Medical and sanitary report of the native army of Bengal for the year
Year: 1875
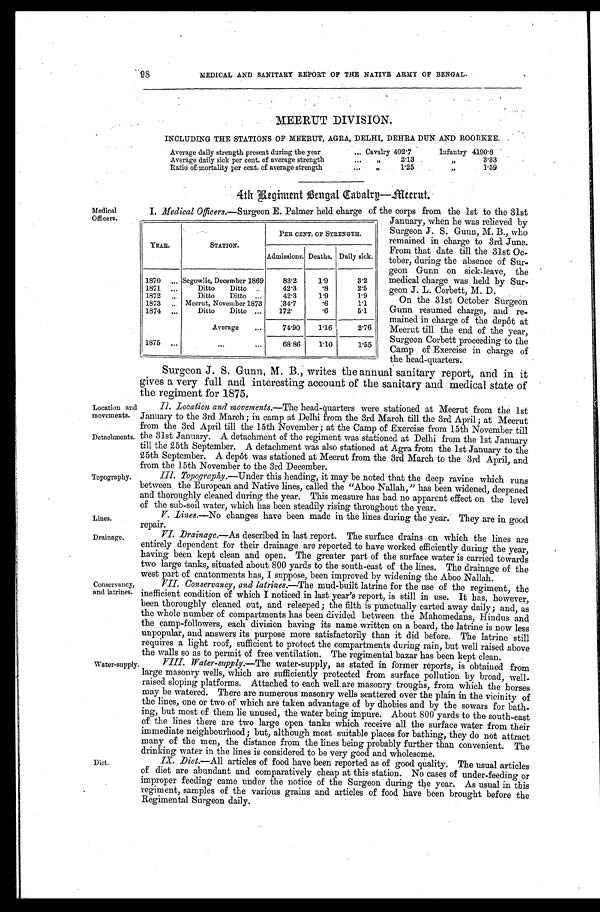
Location and
movements.
Detachments.
Lines.
Drainage.
98
MEDICAL AND SANITARY REPORT OF THE NATIVE ARMY OF BENGAL
.
MEERUT DIVISION.
INCLUDING THE STATIONS OF MEERUT, AGRA, DELHI, DEHRA DUN AND ROORKEE.
Average daily strength present during the year . . .
Cavalry 492.1
Infantry 4190.8
3.33
2.13
"
Average daily sick per cent. of average strength . . .
"
1.59
1.25
"
Ratio of mortality per cent. of average strength . . .
"
4th Regiment Bengal Cabalry—Meerut.
Medical
Officers.
Topography.
Conservancy,
and latrines.
I. Medical Officers. —Surgeon E. Palmer held charge of the corps from the 1st to the 31st
January, when he was relieved by
Surgeon J. S. Gunn, M. B., who
remained in charge to 3rd June.
From that date till the 31st Oc
-tober, during the absence of Sur
- g e o n G u n n o n s i c k - l e a v e , t h e
medical charge was held by Sur
- g e o n J . L . C o r b e t t , M . D .
On the 31st October Surgeon
Gunn resumed charge, and re
- m a i n e d i n c h a r g e o f t h e d e p ô t a t
Meerut till the end of the year,
Surgeon Corbett proceeding to the
Camp of Exercise in charge of
the head-quarters.
Surgeon J. S. Gunn, M . B., writes the annual sanitary report, and in it
gives a very full and interesting account of the sanitary and medical state of
the regiment for 1875.
II. Location and movements. —The head-quarters were stationed at Meerut from the 1st
January to the 3rd March; in camp at Delhi from the 3rd March till the 3rd April; at Meerut
from the 3rd April till the 15th November; at the Camp of Exercise from 15th November till
the 31st January. A detachment of the regiment was stationed at Delhi from the 1st January
till the 25th September. A detachment was also stationed at Agra from the 1st January to the
25th September. A depôt was stationed at Meerut from the 3rd March to the 3rd April, and
from the 15th November to the 3rd December.
III. Topography. —Under this heading, it may be noted that the deep ravine which runs
between the European and Native lines, called the "Aboo Nallth," has been widened, deepened
and thoroughly cleaned during the year. This measure has bad no apparent effect on the level
of the sub-soil water which has been steadil y rising throughout the year.
V. Lines.—No changes have been made in the lines during the year. They are in good
repair
VI. Drainage.—As described in last report. The surface drains on which the lines are
entirely dependent for their drainage are reported to have worked efficiently during the year,
having been kept clean and open. The greater part of the surface water is carried towards
two large tanks, situated about 800 yards to the south-east of the lines. The drainage of the
west part of cantonments has. I suppose, been improved by widening the Aboo Nallah.
VII. Conservancy, and latrines.—The mud-built latrine for the use of the regiment, the
inefficient condition of which I noticed in last year's report, is still in use. It has, however,
been thoroughly cleaned out, and releeped ; the filth is punctually carted away daily ; and, as
the whole number of compartments has been divided between the Mahomedans, Hindus and
the camp-followers, each division having its name written on a board, the latrine is now less
unpopular, and answers its purpose more satisfactorily than it did before. The latrine still
requires a light roof, sufficient to protect the compartments during rain, but well raised above
the walls so as to permit of free ventilation. The regimental bazar has been kept clean.
YEAR.
STATION.
PER CENT. OF STRENGTH.
Admissions. Deaths. Daily sick.
1870 . . .
Segowlie, December 1869
83.2
1.9
3.2
2.5
.8
1871 . . .
Ditto
Ditto . . .
42.3
1.9
1'9
1872 . . .
Ditto
Ditto . . .
42.3
.6
1.1
1873 . . .
Meerut, November 1873
34.7
.6
5.1
1874 . . .
Ditto
Ditto . . .
172.
2.76
Average . . .
74.90
1.16
1875 . . .
. . .
68.86
1 . 1 0
1.55
Water-supply.
Diet.
VIII. Water-supply.—The water-supply, as stated in former reports, is obtained from
large masonry wells, which are sufficiently protected from surface pollution by broad, well-
raised sloping platforms. Attached to each well are masonry troughs, from which the horses
may be watered. There are numerous masonry wells scattered over the plain in the vicinity of
the lines, one or two of which are taken advantage of by dhobies and by the sowars for bath
- i n g , b u t m o s t o f t h e m l i e u n u s e d , t h e w a t e r b e i n g i m p u r e . A b o u t 8 0 0 y a r d s t o t h e s o u t h - e a s t
of the lines there are two large open tanks which receive all the surface water from their
immediate neighbourhood; but, although most suitable places for bathing, they do not attract
many of the men, the distance from the lines being probably further than convenient. The
drinking water in the lines is considered to be very good and wholesome.
IX. Diet.—All articles of food have been reported as of good quality. The usual articles
of diet are abundant and comparatively cheap at this station. No cases of under-feeding or
improper feeding came under the notice of the Surgeon during the year. As usual in this
regiment, samples of the various grains and articles of food have been brought before the
Regimental Surgeon daily.